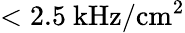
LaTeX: <2.5\ \mathrm{kHz/cm^{2}}